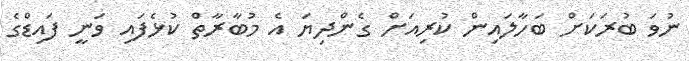
ނުވަ ބުރަކަށް ބަހާލައިން ކުރިއަށް ގެންދިޔަ އެ މުބާރާތް ކުޅެފައި ވަނީ ފައިޑްގެ